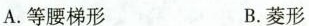
A.等腰梯形 B.菱形